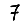
Digit: 7